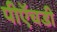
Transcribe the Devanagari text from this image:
पीऍचडी